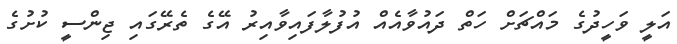
އަލީ ވަހީދުގެ މައްޗަށް ހަތް ދައުވާއެއް އުފުލާފައިވާއިރު އޭގެ ތެރޭގައި ޖިންސީ ކުށުގެ